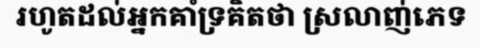
រហូតដល់អ្នកគាំទ្រគិតថា ស្រលាញ់ភេទ